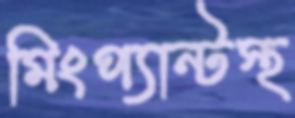
মিংপ্যান্টস্থ